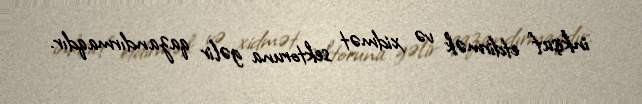
inkişaf etdirmək və xidmət sektoruna gəlir qazandırmaqdır.